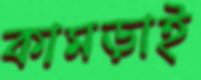
কামড়াই